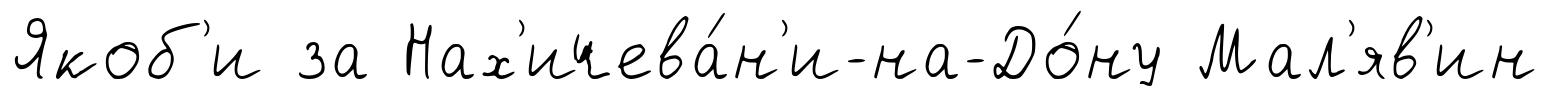
Якоб'и за Нах'ичева́н'и-на-До́ну Мал'яв'ин